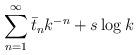
LaTeX: \begin{align*}\sum_{n=1}^{\infty}\bar{t}_nk^{-n} + s \log k\end{align*}